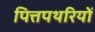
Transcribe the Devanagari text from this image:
पित्तपथरियों